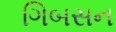
ગિબસન